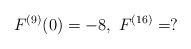
\begin{align*}F^{(9)}(0)=-8,\ F^{(16)}=?\end{align*}